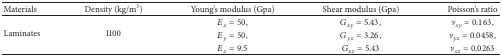
| Materials | Density (kg/m3) | Young's modulus (Gpa) | Shear modulus (Gpa) | Poisson's ratio |
 | --- | --- | --- | --- | --- |
 | <ROWSPAN=3> Laminates | <ROWSPAN=3> 1100 | Ex = 50, | Gxy = 5.43, | νxy = 0.163, |
 | Ey = 50, | Gyz = 3.26, | νyz = 0.0458, |
 | Ez = 9.5 | Gxz = 5.43 | νxz = 0.0263 |